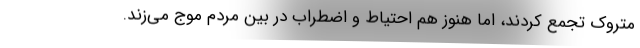
متروک تجمع کردند، اما هنوز هم احتیاط و اضطراب در بین مردم موج می‌زند.